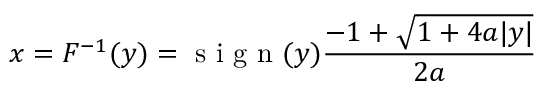
x = F ^ { - 1 } ( y ) = \mathrm { ~ s ~ i ~ g ~ n ~ } ( y ) \frac { - 1 + \sqrt { 1 + 4 a | y | } } { 2 a }